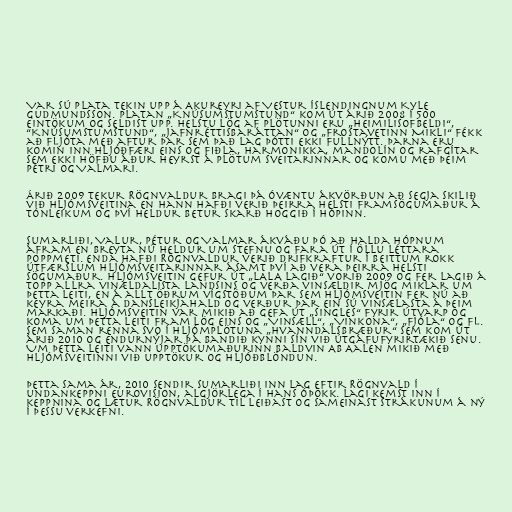
Var sú plata tekin upp á Akureyri af Vestur Íslendingnum Kyle
Gudmundsson. Platan „Knúsumstumstund“ kom út árið 2008 í 500
eintökum og seldist upp. Helstu lög af plötunni eru „Heimilisofbeldi“,
“Knúsumstumstund“, „Jafnréttisbaráttan“ og „Frostavetinn Mikli“ fékk
að fljóta með aftur þar sem það lag þótti ekki fullnýtt. Þarna eru
komin inn hljóðfæri eins og fiðla, harmonikka, mandolín og rafgítar
sem ekki höfðu áður heyrst á plötum sveitarinnar og komu með þeim
Pétri og Valmari.

Árið 2009 tekur Rögnvaldur Bragi þá óvæntu ákvörðun að segja skilið
við hljómsveitina en hann hafði verið þeirra helsti framsögumaður á
tónleikum og því heldur betur skarð hoggið í hópinn.

Sumarliði, Valur, Pétur og Valmar ákváðu þó að halda hópnum
áfram en breyta nú heldur um stefnu og fara út í öllu léttara
poppmeti. Enda hafði Rögnvaldur verið drifkraftur í beittum rokk
útfærslum hljómsveitarinnar ásamt því að vera þeirra helsti
sögumaður. Hljómsveitin gefur út „LALA Lagið“ vorið 2009 og fer lagið á
topp allra vinældalista landsins og verða vinsældir mjög miklar um
þetta leiti, en á allt öðrum vígstöðum þar sem hljómsveitin fer nú að
keyra meira á dansleikjahald og verður þar ein sú vinsælasta á þeim
markaði. Hljómsveitin var mikið að gefa út „Singles“ fyrir útvarp og
koma um þetta leiti fram lög eins og „Vinsæll“, „Vinkona“, „Fjóla“ og fl.
sem saman renna svo í hljómplötuna „Hvanndalsbræður“ sem kom út
árið 2010 og endurnýjar þá bandið kynni sín við útgáfufyrirtækið Senu.
Um þetta leiti vann upptökumaðurinn Baldvin AB Aalen mikið með
hljómsveitinni við upptökur og hljóðblöndun.

Þetta sama ár, 2010 sendir Sumarliði inn lag eftir Rögnvald í
undankeppni Eurovision, algjörlega í hans óþökk. Lagi kemst inn í
keppnina og lætur Rögnvaldur til leiðast og sameinast strákunum á ný
í þessu verkefni.